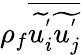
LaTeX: \rho_{f}\overline{{\widetilde{u_{i}^{'}}\widetilde{u_{j}^{'}}}}